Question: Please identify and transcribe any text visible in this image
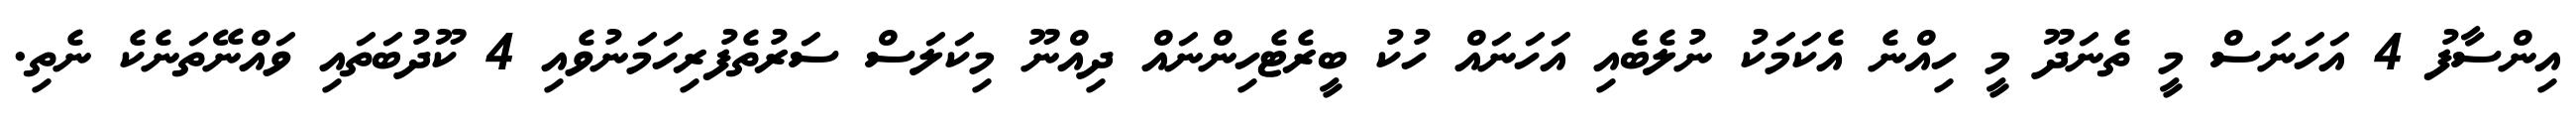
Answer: އިންސާފު 4 އަހަނަސް މީ ތެނަދޫ މީ ހިއްނެ އެކަމަކު ނުލެބެއި އަހަނައް ހުކު ބީރެޓެހިންނައް ދިއްނޫ މިކަލަސް ސަރުތެފުރިހަމަނުވެއި 4 ކޫދުބަތައި ވައްނޭތަނެކެ ނެތި.